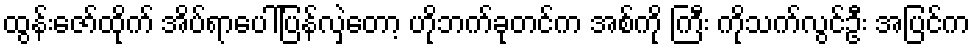
ထွန်းဇော်ထိုက် အိပ်ရာပေါ်ပြန်လှဲတော့ ဟိုဘက်ခုတင်က အစ်ကို ကြီး ကိုသက်လွင်ဦး အပြင်က